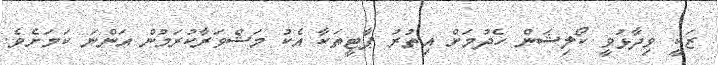
ޒަކީ ވިދާޅުވީ ކޯލިޝަން ހެދުމަށް އިތުރު ޕާޓީތަކާ އެކު މަޝްވަރާކުރަމުން އަންނަ ކަމަށެވެ.